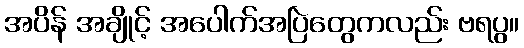
အပိန် အချိုင့် အပေါက်အပြဲတွေကလည်း ဗရပွ။